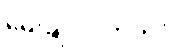
မေးချင်ပါတယ်။